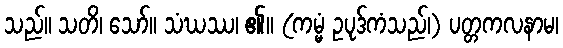
သည်။ သတိ၊ သော်။ သံဃဿ၊ ၏။ (ကမ္မံ ဥပုဒ်ကံသည်၊) ပတ္တကလနာမ၊